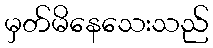
မှတ်မိနေသေးသည်